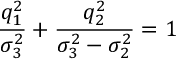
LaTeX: \frac { q _ { 1 } ^ { 2 } } { \sigma _ { 3 } ^ { 2 } } + \frac { q _ { 2 } ^ { 2 } } { \sigma _ { 3 } ^ { 2 } - \sigma _ { 2 } ^ { 2 } } = 1